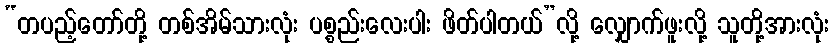
“တပည့်တော်တို့ တစ်အိမ်သားလုံး ပစ္စည်းလေးပါး ဖိတ်ပါတယ်”လို့ လျှောက်ဖူးလို့ သူတို့အားလုံး